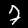
Label: 7